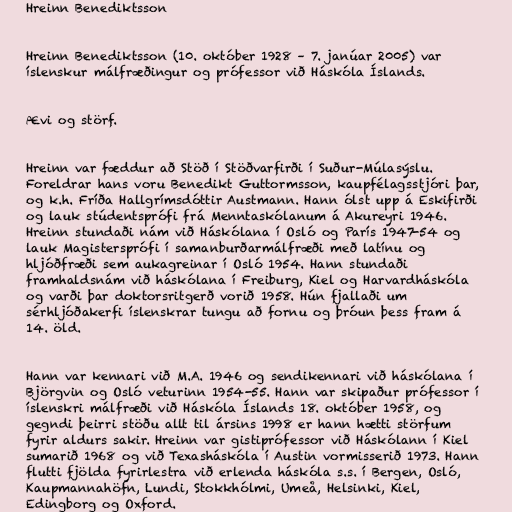
Hreinn Benediktsson

Hreinn Benediktsson (10. október 1928 – 7. janúar 2005) var
íslenskur málfræðingur og prófessor við Háskóla Íslands.

Ævi og störf.

Hreinn var fæddur að Stöð í Stöðvarfirði í Suður-Múlasýslu.
Foreldrar hans voru Benedikt Guttormsson, kaupfélagsstjóri þar,
og k.h. Fríða Hallgrímsdóttir Austmann. Hann ólst upp á Eskifirði
og lauk stúdentsprófi frá Menntaskólanum á Akureyri 1946.
Hreinn stundaði nám við Háskólana í Osló og París 1947-54 og
lauk Magistersprófi í samanburðarmálfræði með latínu og
hljóðfræði sem aukagreinar í Osló 1954. Hann stundaði
framhaldsnám við háskólana í Freiburg, Kiel og Harvardháskóla
og varði þar doktorsritgerð vorið 1958. Hún fjallaði um
sérhljóðakerfi íslenskrar tungu að fornu og þróun þess fram á
14. öld.

Hann var kennari við M.A. 1946 og sendikennari við háskólana í
Björgvin og Osló veturinn 1954-55. Hann var skipaður prófessor í
íslenskri málfræði við Háskóla Íslands 18. október 1958, og
gegndi þeirri stöðu allt til ársins 1998 er hann hætti störfum
fyrir aldurs sakir. Hreinn var gistiprófessor við Háskólann í Kiel
sumarið 1968 og við Texasháskóla í Austin vormisserið 1973. Hann
flutti fjölda fyrirlestra við erlenda háskóla s.s. í Bergen, Osló,
Kaupmannahöfn, Lundi, Stokkhólmi, Umeå, Helsinki, Kiel,
Edingborg og Oxford.